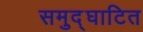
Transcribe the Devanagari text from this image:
समुद्घाटित